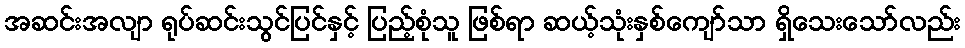
အဆင်းအလျာ ရုပ်ဆင်းသွင်ပြင်နှင့် ပြည့်စုံသူ ဖြစ်ရာ ဆယ့်သုံးနှစ်ကျော်သာ ရှိသေးသော်လည်း